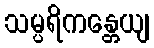
သမ္ပရိကန္တေယျ